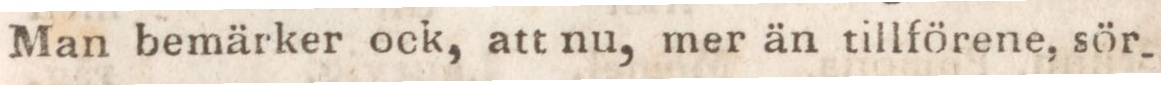
Man bemärker ock, att nu, mer än tillförene, sör-